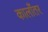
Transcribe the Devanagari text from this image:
कालाँतर